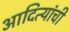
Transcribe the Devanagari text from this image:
आदित्यांची